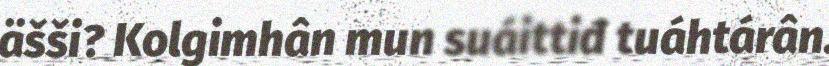
äšši? Kolgimhân mun suáittiđ tuáhtárân.